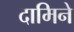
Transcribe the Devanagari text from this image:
दामिने